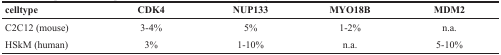
| celltype | CDK4 | NUP133 | MYO18B | MDM2 |
 | --- | --- | --- | --- | --- |
 | C2C12 (mouse) | 3-4% | 5% | 1-2% | n.a. |
 | HSkM (human) | 3% | 1-10% | n.a. | 5-10% |